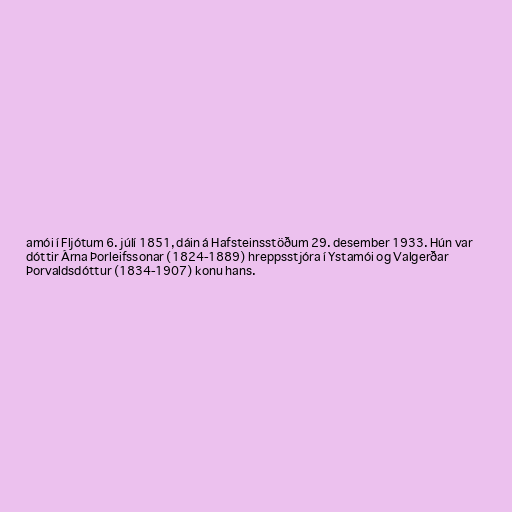
amói í Fljótum 6. júlí 1851, dáin á Hafsteinsstöðum 29. desember 1933. Hún var
dóttir Árna Þorleifssonar (1824-1889) hreppsstjóra í Ystamói og Valgerðar
Þorvaldsdóttur (1834-1907) konu hans.